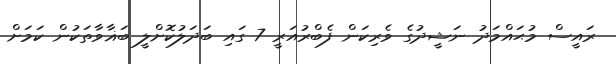
ރައީސް މުޙައްމަދު ނަޝީދުގެ ވެރިކަން ފެބްރުއަރީ 7 ގައި ބަދަލުކޮށްލީ ބަޣާވާތަކުން ކަމަށް